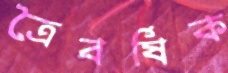
ত্রৈবর্ষিক